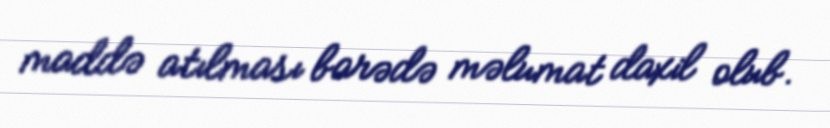
maddə atılması barədə məlumat daxil olub.